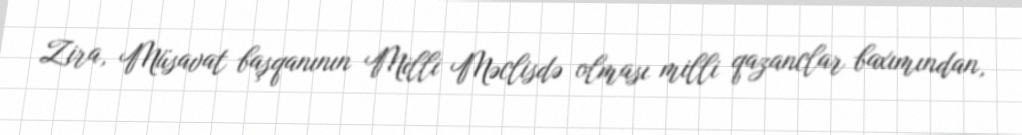
Zira, Müsavat başqanının Milli Məclisdə olması milli qazanclar baxımından,